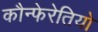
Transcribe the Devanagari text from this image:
कौन्फेरेतियो